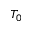
T _ { 0 }